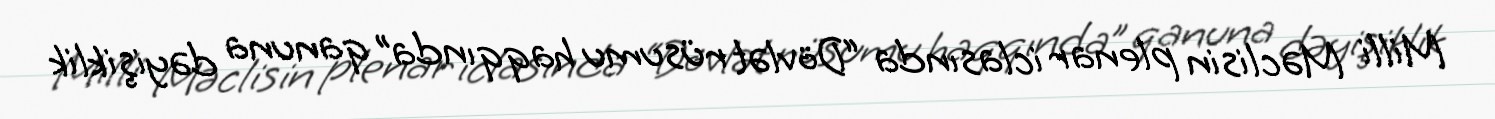
Milli Məclisin plenar iclasında “Dövlət rüsumu haqqında” qanuna dəyişiklik